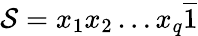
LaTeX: {\cal S}=x_{1}x_{2}\dots x_{q}\overline{{1}}